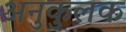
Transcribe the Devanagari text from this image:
अनुकुलक